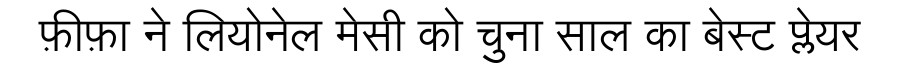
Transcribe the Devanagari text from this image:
फ़ीफ़ा ने लियोनेल मेसी को चुना साल का बेस्ट प्लेयर